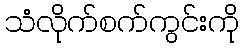
သံလိုက်စက်ကွင်းကို